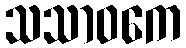
သသာဝကေ